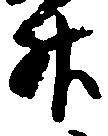
升